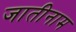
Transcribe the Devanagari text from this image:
जातीनाम